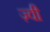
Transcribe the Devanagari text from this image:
ज़्वी